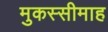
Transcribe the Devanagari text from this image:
मुकस्सीमाह